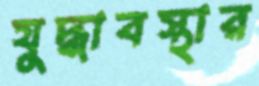
যুদ্ধাবস্থার